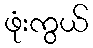
ဖုံးကွယ်